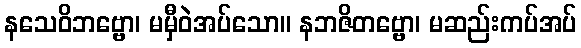
နသေဝိဘဗ္ဗော၊ မမှီဝဲအပ်သော။ နဘဇိတဗ္ဗော၊ မဆည်းကပ်အပ်